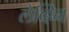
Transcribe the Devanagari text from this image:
लेव्हिन